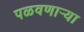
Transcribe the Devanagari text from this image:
पळवणार्‍या